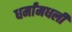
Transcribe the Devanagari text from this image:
धर्मांमधली